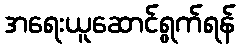
အရေးယူဆောင်ရွက်ရန်